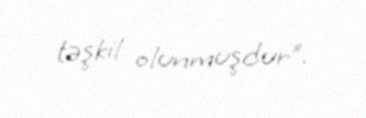
təşkil olunmuşdur”.